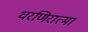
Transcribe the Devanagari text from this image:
धरणिरात्मा